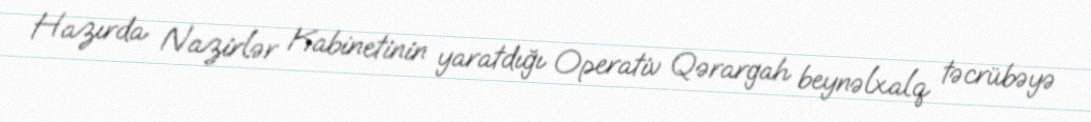
Hazırda Nazirlər Kabinetinin yaratdığı Operativ Qərargah beynəlxalq təcrübəyə